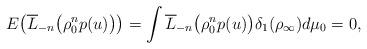
LaTeX: \begin{gather*}E\big(\overline{L}_{-n}\big(\rho_0^n p(u)\big)\big)=\int\overline{L}_{-n}\big(\rho_0^n p(u)\big)\delta_1(\rho_{\infty})d\mu_0=0,\end{gather*}